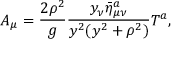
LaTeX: A _ { \mu } = \frac { 2 \rho ^ { 2 } } { g } \frac { y _ { \nu } \bar { \eta } _ { \mu \nu } ^ { a } } { y ^ { 2 } ( y ^ { 2 } + \rho ^ { 2 } ) } T ^ { a } ,